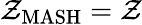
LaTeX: \mathcal{Z}_{\mathrm{{MASH}}}=\mathcal{Z}